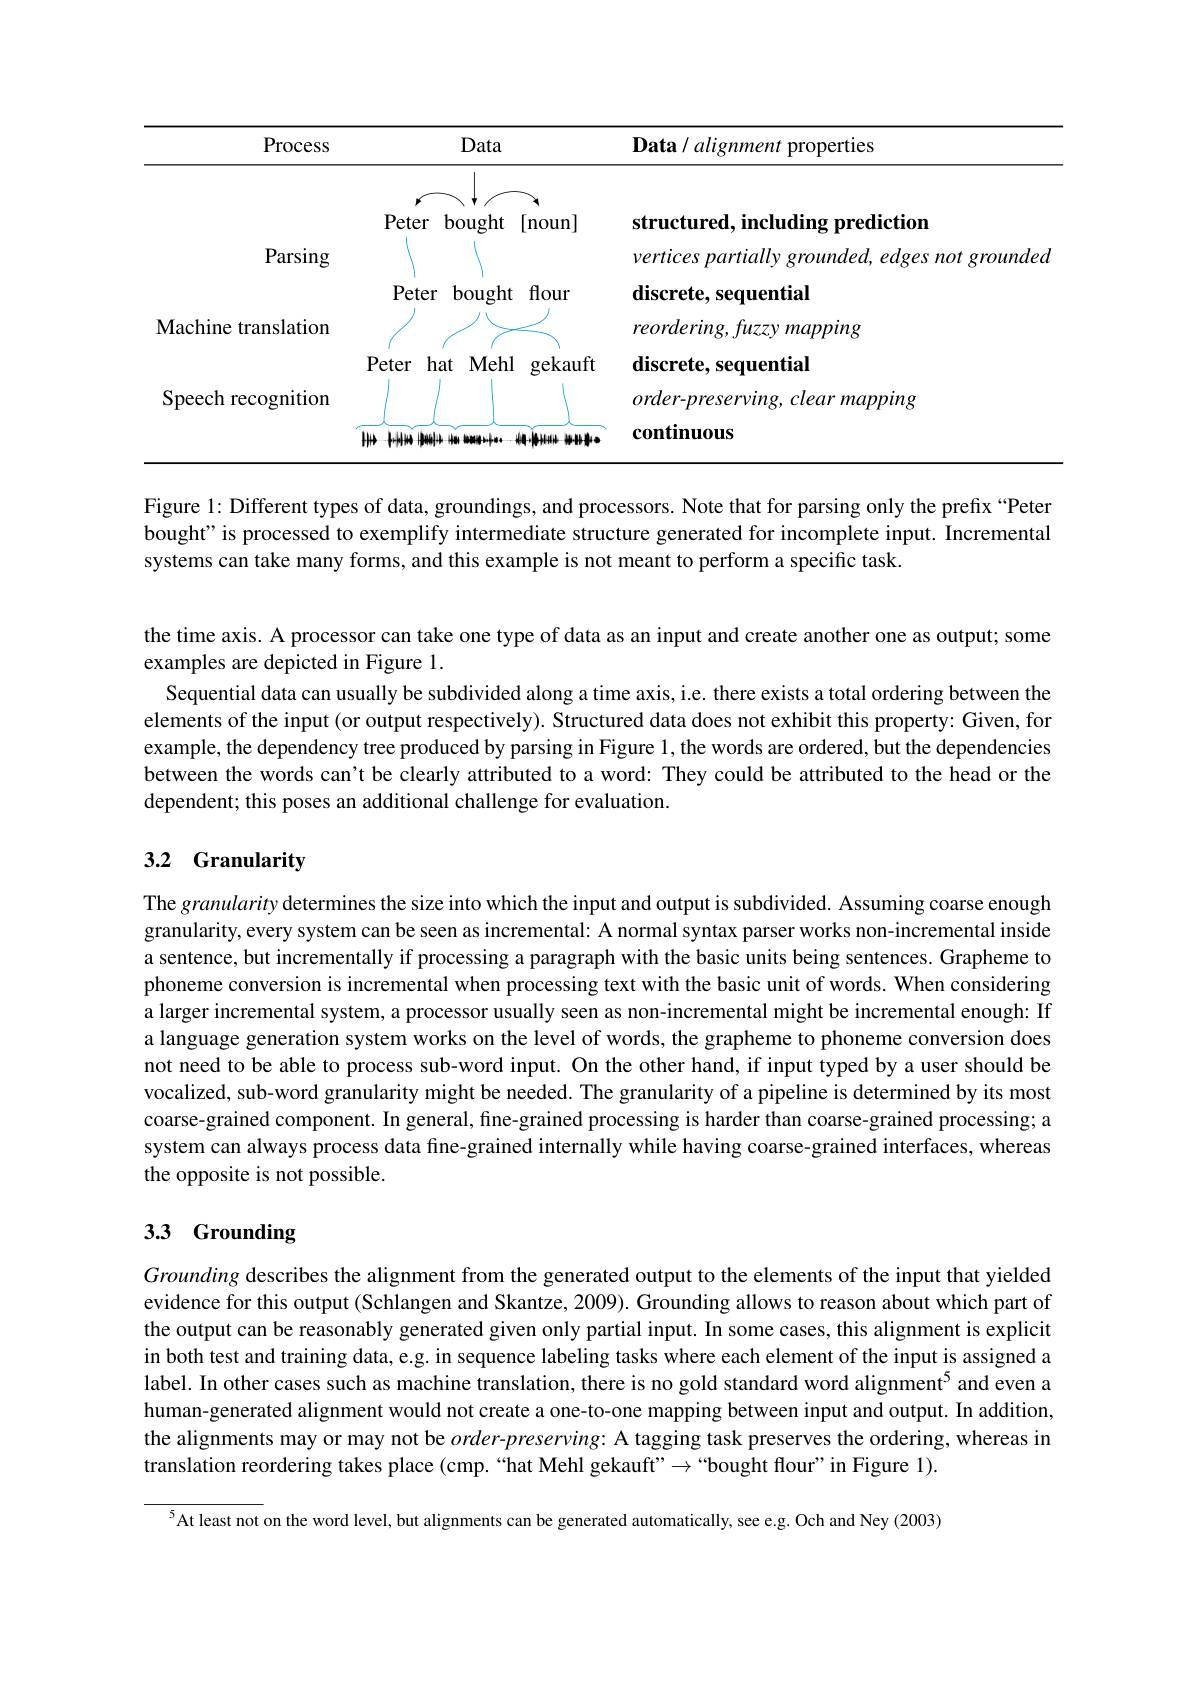
<table>
	<tbody>
		<tr>
			<th>Process</th>
			<th>Data/ alignment properties</th>
		</tr>
		<tr>
			<td>Machine translation</td>
			<td>reordering, fuzzy mapping</td>
		</tr>
		<tr>
			<td> </td>
			<td>discrete, sequential</td>
		</tr>
		<tr>
			<td> </td>
			<td>comt $\mathbf{1nuous}$</td>
		</tr>
	</tbody>
</table>

Figure 1: Different types of data, groundings, and processors. Note that for parsing only the prefix “Peter bought" is processed to exemplify intermediate structure generated for incomplete input. Incremental systems can take many forms, and this example is not meant to perform a specific task.

the time axis. A processor can take one type of data as an input and create another one as output; some
examples are depicted in Figure 1
Sequential data can usually be subdivided along a time axis, i.e. there exists a total ordering between the elements of the input (or output respectively). Structured data does not exhibit this property: Given, for example, the dependency tree produced by parsing in Figure 1,the words are ordered, but the dependencies between the words can't be clearly attributed to a word: They could be attributed to the head or the dependent; this poses an additional challenge for evaluation.

## 3.2 Granularity

The granularity determines the size into which the input and output is subdivided. Assuming coarse enough granularity, every system can be seen as incremental: A normal syntax parser works non-incremental inside a sentence, but incrementally if processing a paragraph with the basic units being sentences. Grapheme to phoneme conversion is incremental when processing text with the basic unit of words. When considering a larger incremental system, a processor usually seen as non-incremental might be incremental enough: If a language generation system works on the level of words, the grapheme to phoneme conversion does not need to be able to process sub-word input. On the other hand, if input typed by a user should be vocalized, sub-word granularity might be needed. The granularity of a pipeline is determined by its most coarse-grained component. In general, fine-grained processing is harder than coarse-grained processing; a system can always process data fine-grained internally while having coarse-grained interfaces, whereas the opposite is not possible.

# 3.3 Grounding

Grounding describes the alignment from the generated output to the elements of the input that yielded evidence for this output (Schlangen and Skantze, 2009). Grounding allows to reason about which part of the output can be reasonably generated given only partial input. In some cases, this alignment is explicit in both test and training data, e.g. in sequence labeling tasks where each element of the input is assigned a label. In other cases such as machine translation, there is no gold standard word alignment$^{5}$ and even a human-generated alignment would not create a one-to-one mapping between input and output. In addition, the alignments may or may not be $order-preserving:$ A tagging task preserves the ordering, whereas in translation reordering takes place (cmp.“hat Mehl gekauft”→“bought flour" in Figure 1).

$^{5}$At least not on the word level, but alignments can be generated automatically, see e.g. Och and Ney (2003)